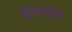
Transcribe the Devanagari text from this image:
छप्पनभोग